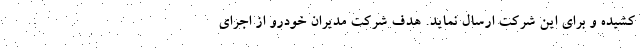
کشیده و برای این شرکت ارسال نماید. هدف شرکت مدیران خودرو از اجرای